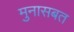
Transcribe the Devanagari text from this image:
मुनासबत